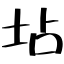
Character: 坫